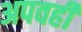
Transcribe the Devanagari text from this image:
अपवही